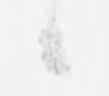
候